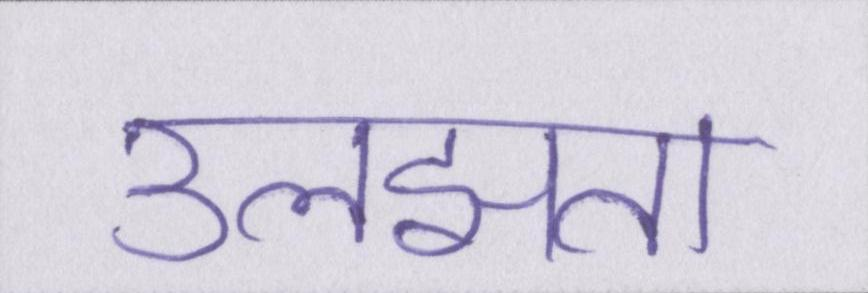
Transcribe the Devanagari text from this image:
उलझता